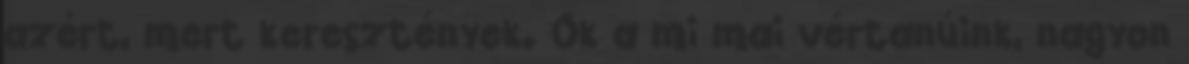
azért, mert keresztények. Ők a mi mai vértanúink, nagyon